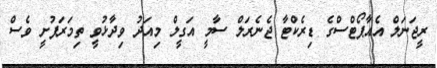
ރީޖަނަލް އެއާޕޯޓްސްގެ ޑިރެކްޓާ ޖެނެރަލް ސާމީ އަގީލް މިއަދު ވިދާޅުވީ ތިމަރަފުށީ ވެސް